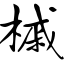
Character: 槭